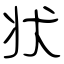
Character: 状